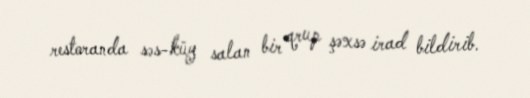
restoranda səs-küy salan bir qrup şəxsə irad bildirib.